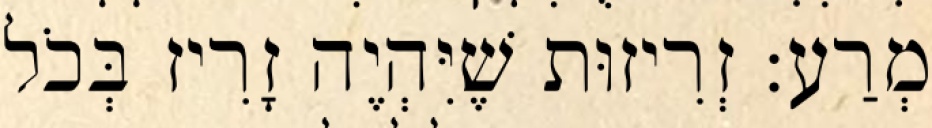
מְרַע: זְרִיזוּת שֶׁיִּהְיֶה זָרִיז בְּכֹל